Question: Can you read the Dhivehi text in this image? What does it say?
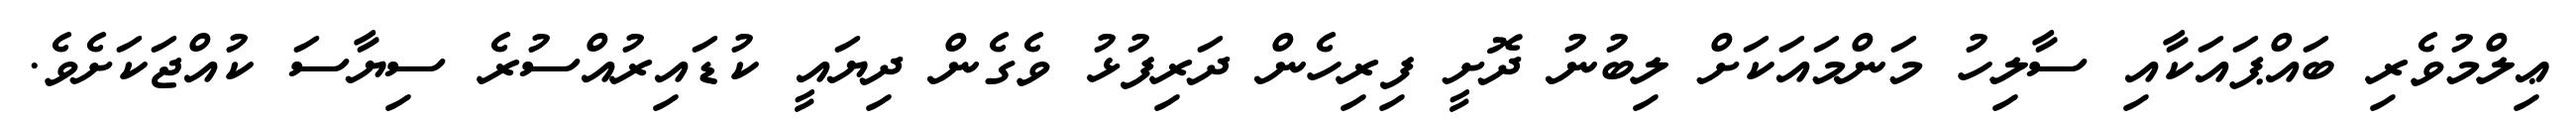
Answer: ޢިލްމުވެރި ބައްޕައަކާއި ސާލިހު މަންމައަކަށް ލިބުނު ދޮށީ ފިރިހެން ދަރިފުޅު ވެގެން ދިޔައީ ކުޑައިރުއްސުރެ ސިޔާސަ ކުއްޖަކަށެވެ.